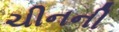
ચીનની